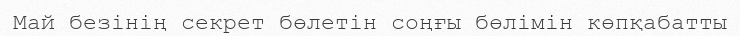
Май безінің секрет бөлетін соңғы бөлімін көпқабатты